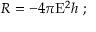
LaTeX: R = - 4 \pi \mathrm { E } ^ { 2 } h \ ;